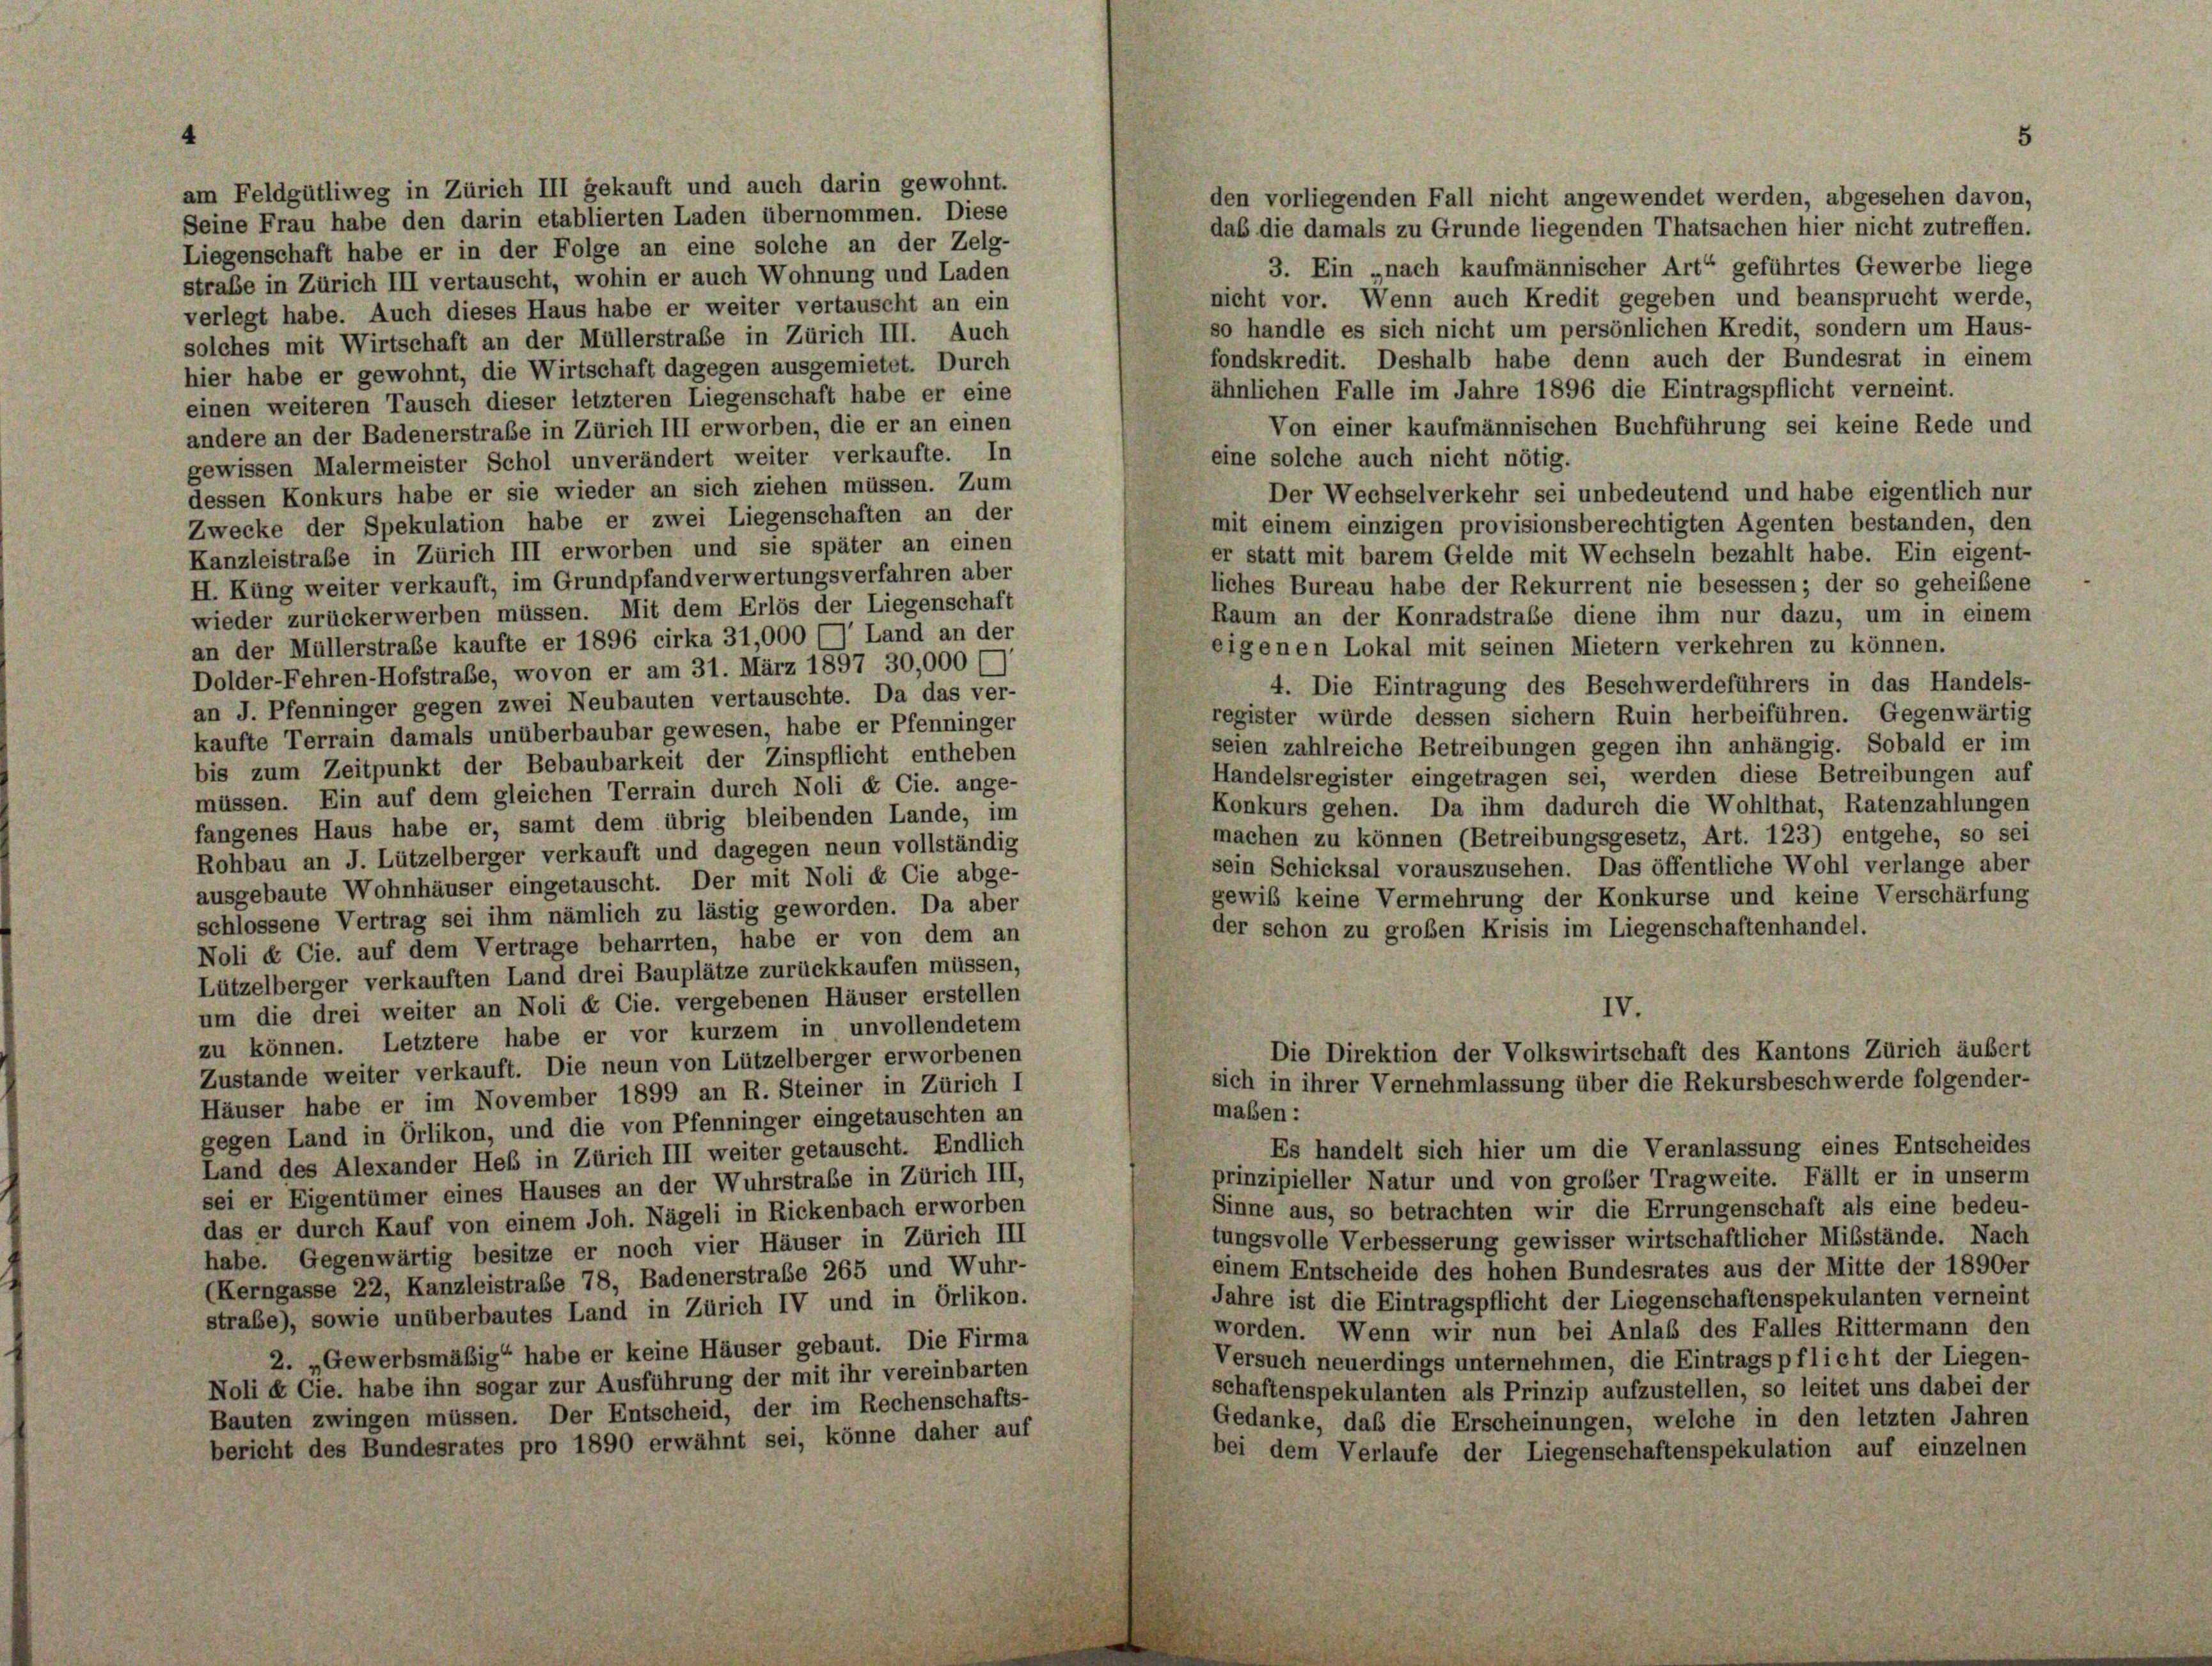
am Feldgütliweg in Zürich III gekauft und auch darin gewohnt.
den vorliegenden Fall nicht angewendet werden, abgesehen davon,
Seine Frau habe den darin etablierten Laden übernommen. Diese
daß die damals zu Grunde liegenden Thatsachen hier nicht zutreffen.
Liegenschaft habe er in der Folge an eine solche an der Zelg-
3. Ein „nach kaufmännischer Art“ geführtes Gewerbe liege
straße in Zürich III vertauscht, wohin er auch Wohnung und Laden
nicht vor. Wenn auch Kredit gegeben und beansprucht werde,
verlegt habe. Auch dieses Haus habe er weiter vertauscht an ein
so handle es sich nicht um persönlichen Kredit, sondern um Haus-
solches mit Wirtschaft an der Müllerstrafe in Zürich III. Auch
fondskredit. Deshalb habe denn auch der Bundesrat in einen
hier habe er gewohnt, die Wirtschaft dagegen ausgemietet. Durch
ähnlichen Falle im Jahre 1896 die Eintragspflicht verneint.
einen weiteren Tausch dieser letzteren Liegenschaft habe er eine
Von einer kaufmännischen Buchführung sei keine Rede und
andere an der Badenerstraße in Zürich III erworben, die er an einen
eine solche auch nicht nötig.
gewissen Malermeister Schol unverändert weiter verkaufte. In
dessen Konkurs habe er sie wieder an sich ziehen müssen. Zum
Der Wechselverkehr sei unbedeutend und habe eigentlich nur
Zwecke der Spekulation habe er zwei Liegenschaften an der
mit einem einzigen provisionsberechtigten Agenten bestanden, den
Kanzleistraße in Zürich III erworben und sie später an einen
er statt mit barem Gelde mit Wechseln bezahlt habe. Ein eigent-
H. Küng weiter verkauft, im Grundpfandverwertungsverfahren aber
liches Bureau habe der Rekurrent nie besessen; der so geheißene
wieder zurückerwerben müssen. Mit dem Erlös der Liegenschaft
Raum an der Konradstrafe diene ihm nur dazu, um in einem
an der Müllerstrabe kaufte er 1896 cirka 31,000 () Land an der
eigenen Lokal mit seinen Mietern verkehren zu können.
Dolder-Fehren-Hofstraße, wovon er am 31. März 1897 30,000 f
4. Die Eintragung des Beschwerdeführers in das Handels-
an J. Pfenninger gegen zwei Neubauten vertauschte. Da das ver-
register würde dessen sichern Ruin herbeiführen. Gegenwärtig
kaufte Terrain damals unüberbaubar gewesen, habe er Pfenninger
seien zahlreiche Betreibungen gegen ihn anhängig. Sobald er im
bis zum Zeitpunkt der Bebaubarkeit der Zinspflicht entheben
Handelsregister eingetragen sei, werden diese Betreibungen auf
müssen. Ein auf dem gleichen Terrain durch Noli et Cie. ange-
Konkurs gehen. Da ihm dadurch die Wohlthat, Ratenzahlunger
fangenes Haus habe er, samt dem übrig bleibenden Lande, im
machen zu können (Betreibungsgesetz, Art. 123) entgehe, so sei
Rohbau an J. Lützelberger verkauft und dagegen neun vollständig
sein Schicksal vorauszusehen. Das öffentliche Wohl verlange aber
ausgebaute Wohnhäuser eingetauscht. Der mit Noli & Cie abge-
gewiß keine Vermehrung der Konkurse und keine Verschärfung
schlossene Vertrag sei ihm nämlich zu lästig geworden. Da aber
der schon zu großen Krisis im Liegenschaftenhandel.
Noli & Cie. auf dem Vertrage beharrten, habe er von dem an
Lützelberger verkauften Land drei Bauplätze zurückkaufen müssen,
um die drei weiter an Noli & Cie. vergebenen Häuser erstellen
IV.
zu können. Letztere habe er vor kurzem in unvollendetem
Die Direktion der Volkswirtschaft des Kantons Zürich äußert
Zustande weiter verkauft. Die neun von Lützelberger erworbenen
sich in ihrer Vernehmlassung über die Rekursbeschwerde folgender-
Häuser habe er im November 1899 an R. Steiner in Zürich I
maßen:
gegen Land in Orlikon, und die von Pfenninger eingetauschten an
Es handelt sich hier um die Veranlassung eines Entscheides
Land des Alexander Heß in Zürich III weiter getauscht. Endlich
prinzipieller Natur und von großer Tragweite. Fällt er in unserm
sei er Eigentümer eines Hauses an der Wuhrstrafe in Zürich III,
Sinne aus, so betrachten wir die Errungenschaft als eine bedeu-
das er durch Kauf von einem Joh. Nägeli in Rickenbach erworben
tungsvolle Verbesserung gewisser wirtschaftlicher Mißstände. Nach
habe. Gegenwärtig besitze er noch vier Häuser in Zürich III
einem Entscheide des hohen Bundesrates aus der Mitte der 1890er
(Kerngasse 22, Kanzleistrabe 78, Badenerstraße 265 und Wuhr-
Jahre ist die Eintragspflicht der Liegenschaftenspekulanten vernein,
strabe), sowie unüberbautes Land in Zürich IV und in Orlikon.
worden. Wenn wir nun bei Anlaß des Falles Rittermann den
2. „Gewerbsmäßig“ habe er keine Häuser gebaut. Die Firma
Versuch neuerdings unternehmen, die Eintragspflicht der Liegen-
Noli & Cie. habe ihn sogar zur Ausführung der mit ihr vereinbarten
schaftenspekulanten als Prinzip aufzustellen, so leitet uns dabei der
Bauten zwingen müssen. Der Entscheid, der im Rechenschafts-
Gedanke, daß die Erscheinungen, welche in den letzten Jahren
bericht des Bundesrates pro 1890 erwähnt sei, könne daher auf
bei dem Verlaufe der Liegenschaftenspekulation auf einzelnen